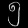
Digit: ၅